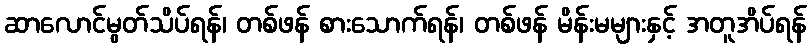
ဆာလောင်မွတ်သိပ်ရန်၊ တစ်ဖန် စားသောက်ရန်၊ တစ်ဖန် မိန်းမများနှင့် အတူအိပ်ရန်